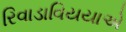
રિવાડાવિયયાએ